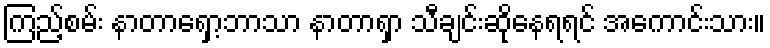
ကြည့်စမ်း နာတာရှော့ဘာသာ နာတာရှာ သီချင်းဆိုနေရရင် အကောင်းသား။